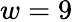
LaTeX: w=9